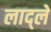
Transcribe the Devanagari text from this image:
लाद्ले